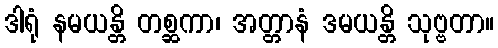
ဒါရုံ နမယန္တိ တစ္ဆကာ၊ အတ္တာနံ ဒမယန္တိ သုဗ္ဗတာ။